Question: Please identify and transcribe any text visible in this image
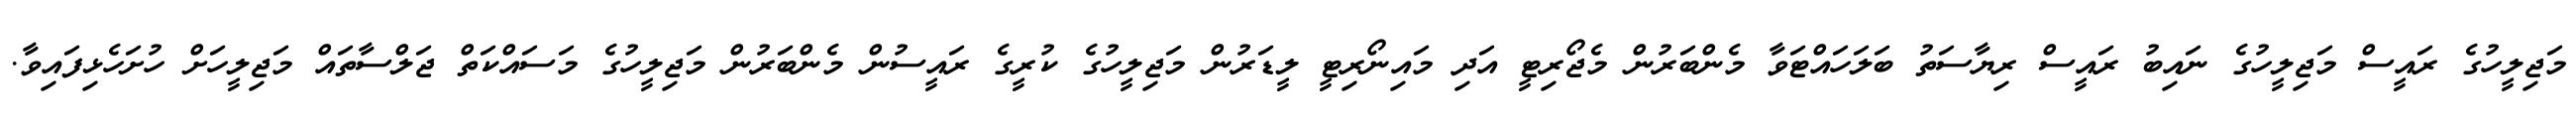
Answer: މަޖިލީހުގެ ރައީސް މަޖިލީހުގެ ނައިބު ރައީސް ރިޔާސަތު ބަލަހައްޓަވާ މެންބަރުން މެޖޯރިޓީ އަދި މައިނޯރިޓީ ލީޑަރުން މަޖިލީހުގެ ކުރީގެ ރައީސުން މެންބަރުން މަޖިލީހުގެ މަސައްކަތް ޖަލްސާތައް މަޖިލީހަށް ހުށަހެޅިފައިވާ.